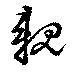
親